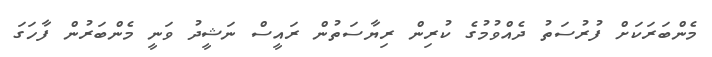
މެންބަރަކަށް ފުރުސަތު ދެއްވުމުގެ ކުރިން ރިޔާސަތުން ރައީސް ނަޝީދު ވަނީ މެންބަރުން ފާހަގަ